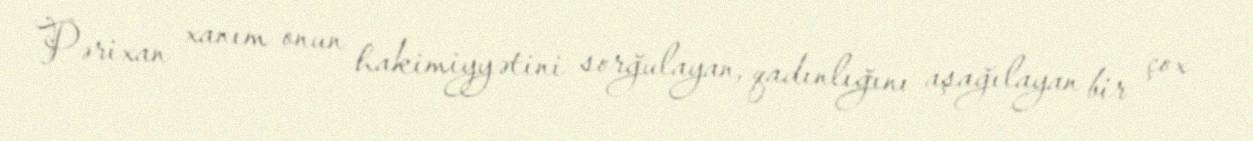
Pərixan xanım onun hakimiyyətini sorğulayan, qadınlığını aşağılayan bir çox